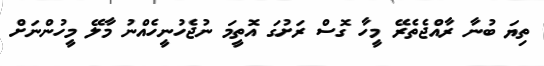
ތިޔަ ބުނާ ރާއްޖެތެރޭ މީހާ ގޮސް ރަށުގަ އޮތީމަ ނުޖެހުނީހެއްނު މާލޭ މީހުންނަށް